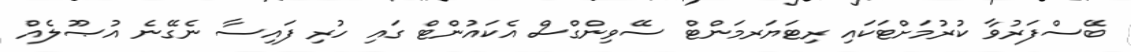
ބޭސްފަރުވާ ކުރުމަށްޓަކައި ރިޓަޔަރމަންޓް ސޭވިންގްސް އެކައުންޓް ގައި ހުރި ފައިސާ ނެގޭނެ އުޞޫލެއް